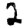
Digit: 2